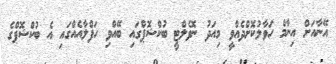
އޭނާއަށް އިނާމް ހަވާލުކޮށްދެއްވީ މިއަދު ނޮވެލްޓީ ބުކްޝޮޕްގައި ބޭއްވި ހަފްލާއެއްގައި އެ ބުކްޝޮޕްގެ